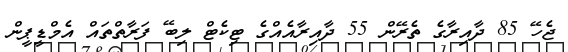
ޖެހޭ 85 ދާއިރާގެ ތެރޭން 55 ދާއިރާއެއްގެ ޓިކެޓް ލިބޭ ފަރާތްތައް އެމްޑީޕީން